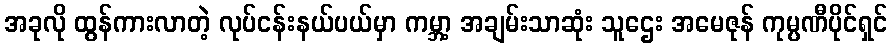
အခုလို ထွန်ကားလာတဲ့ လုပ်ငန်းနယ်ပယ်မှာ ကမ္ဘာ့ အချမ်းသာဆုံး သူဌေး အမေဇုန် ကုမ္ပဏီပိုင်ရှင်